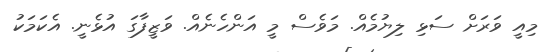
މިއީ ވަރަށް ސަޅި ލިޔުމެއް. މަވެސް މީ އަންހެނެއް. ވަޒީފާގަ އުޅެނީ. އެކަމަކު